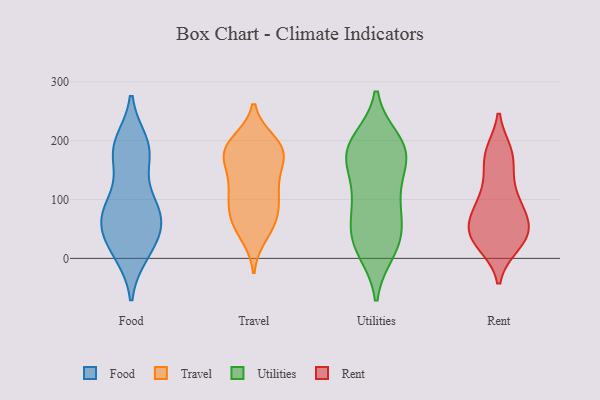
{"axis": {"x": "Active Users", "y": "Value"}, "legend": ["Food", "Rent", "Travel", "Utilities"], "data": [{"x": "", "y": 10, "type": "Food"}, {"x": "", "y": 66, "type": "Food"}, {"x": "", "y": 175, "type": "Food"}, {"x": "", "y": 183, "type": "Food"}, {"x": "", "y": 12, "type": "Food"}, {"x": "", "y": 61, "type": "Food"}, {"x": "", "y": 181, "type": "Food"}, {"x": "", "y": 65, "type": "Food"}, {"x": "", "y": 187, "type": "Food"}, {"x": "", "y": 94, "type": "Food"}, {"x": "", "y": 26, "type": "Food"}, {"x": "", "y": 87, "type": "Food"}, {"x": "", "y": 68, "type": "Food"}, {"x": "", "y": 33, "type": "Food"}, {"x": "", "y": 195, "type": "Food"}, {"x": "", "y": 97, "type": "Food"}, {"x": "", "y": 71, "type": "Travel"}, {"x": "", "y": 185, "type": "Travel"}, {"x": "", "y": 115, "type": "Travel"}, {"x": "", "y": 177, "type": "Travel"}, {"x": "", "y": 47, "type": "Travel"}, {"x": "", "y": 88, "type": "Travel"}, {"x": "", "y": 184, "type": "Travel"}, {"x": "", "y": 68, "type": "Travel"}, {"x": "", "y": 198, "type": "Travel"}, {"x": "", "y": 39, "type": "Travel"}, {"x": "", "y": 158, "type": "Travel"}, {"x": "", "y": 188, "type": "Travel"}, {"x": "", "y": 152, "type": "Travel"}, {"x": "", "y": 67, "type": "Travel"}, {"x": "", "y": 177, "type": "Travel"}, {"x": "", "y": 120, "type": "Travel"}, {"x": "", "y": 121, "type": "Travel"}, {"x": "", "y": 103, "type": "Travel"}, {"x": "", "y": 194, "type": "Travel"}, {"x": "", "y": 150, "type": "Utilities"}, {"x": "", "y": 193, "type": "Utilities"}, {"x": "", "y": 186, "type": "Utilities"}, {"x": "", "y": 14, "type": "Utilities"}, {"x": "", "y": 193, "type": "Utilities"}, {"x": "", "y": 44, "type": "Utilities"}, {"x": "", "y": 161, "type": "Utilities"}, {"x": "", "y": 12, "type": "Utilities"}, {"x": "", "y": 36, "type": "Utilities"}, {"x": "", "y": 179, "type": "Utilities"}, {"x": "", "y": 97, "type": "Utilities"}, {"x": "", "y": 106, "type": "Utilities"}, {"x": "", "y": 31, "type": "Utilities"}, {"x": "", "y": 92, "type": "Utilities"}, {"x": "", "y": 66, "type": "Utilities"}, {"x": "", "y": 200, "type": "Utilities"}, {"x": "", "y": 167, "type": "Utilities"}, {"x": "", "y": 171, "type": "Rent"}, {"x": "", "y": 42, "type": "Rent"}, {"x": "", "y": 72, "type": "Rent"}, {"x": "", "y": 89, "type": "Rent"}, {"x": "", "y": 176, "type": "Rent"}, {"x": "", "y": 51, "type": "Rent"}, {"x": "", "y": 94, "type": "Rent"}, {"x": "", "y": 69, "type": "Rent"}, {"x": "", "y": 25, "type": "Rent"}, {"x": "", "y": 37, "type": "Rent"}, {"x": "", "y": 116, "type": "Rent"}, {"x": "", "y": 30, "type": "Rent"}, {"x": "", "y": 179, "type": "Rent"}, {"x": "", "y": 174, "type": "Rent"}, {"x": "", "y": 64, "type": "Rent"}, {"x": "", "y": 41, "type": "Rent"}, {"x": "", "y": 124, "type": "Rent"}, {"x": "", "y": 24, "type": "Rent"}]}